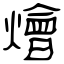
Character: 燴